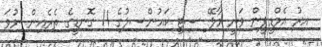
އިރު އެމްޑީޕީން ވަނީ މާލޭ ސިޓީ ކައުންސިލުގެ 11 ގޮނޑީގެ ތެރެއިން ނުވަ